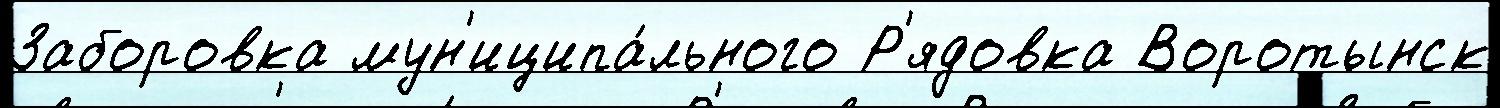
Заборовка мун'иципа́льного Р'ядовка Воротынск